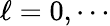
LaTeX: \ell=0,\cdots